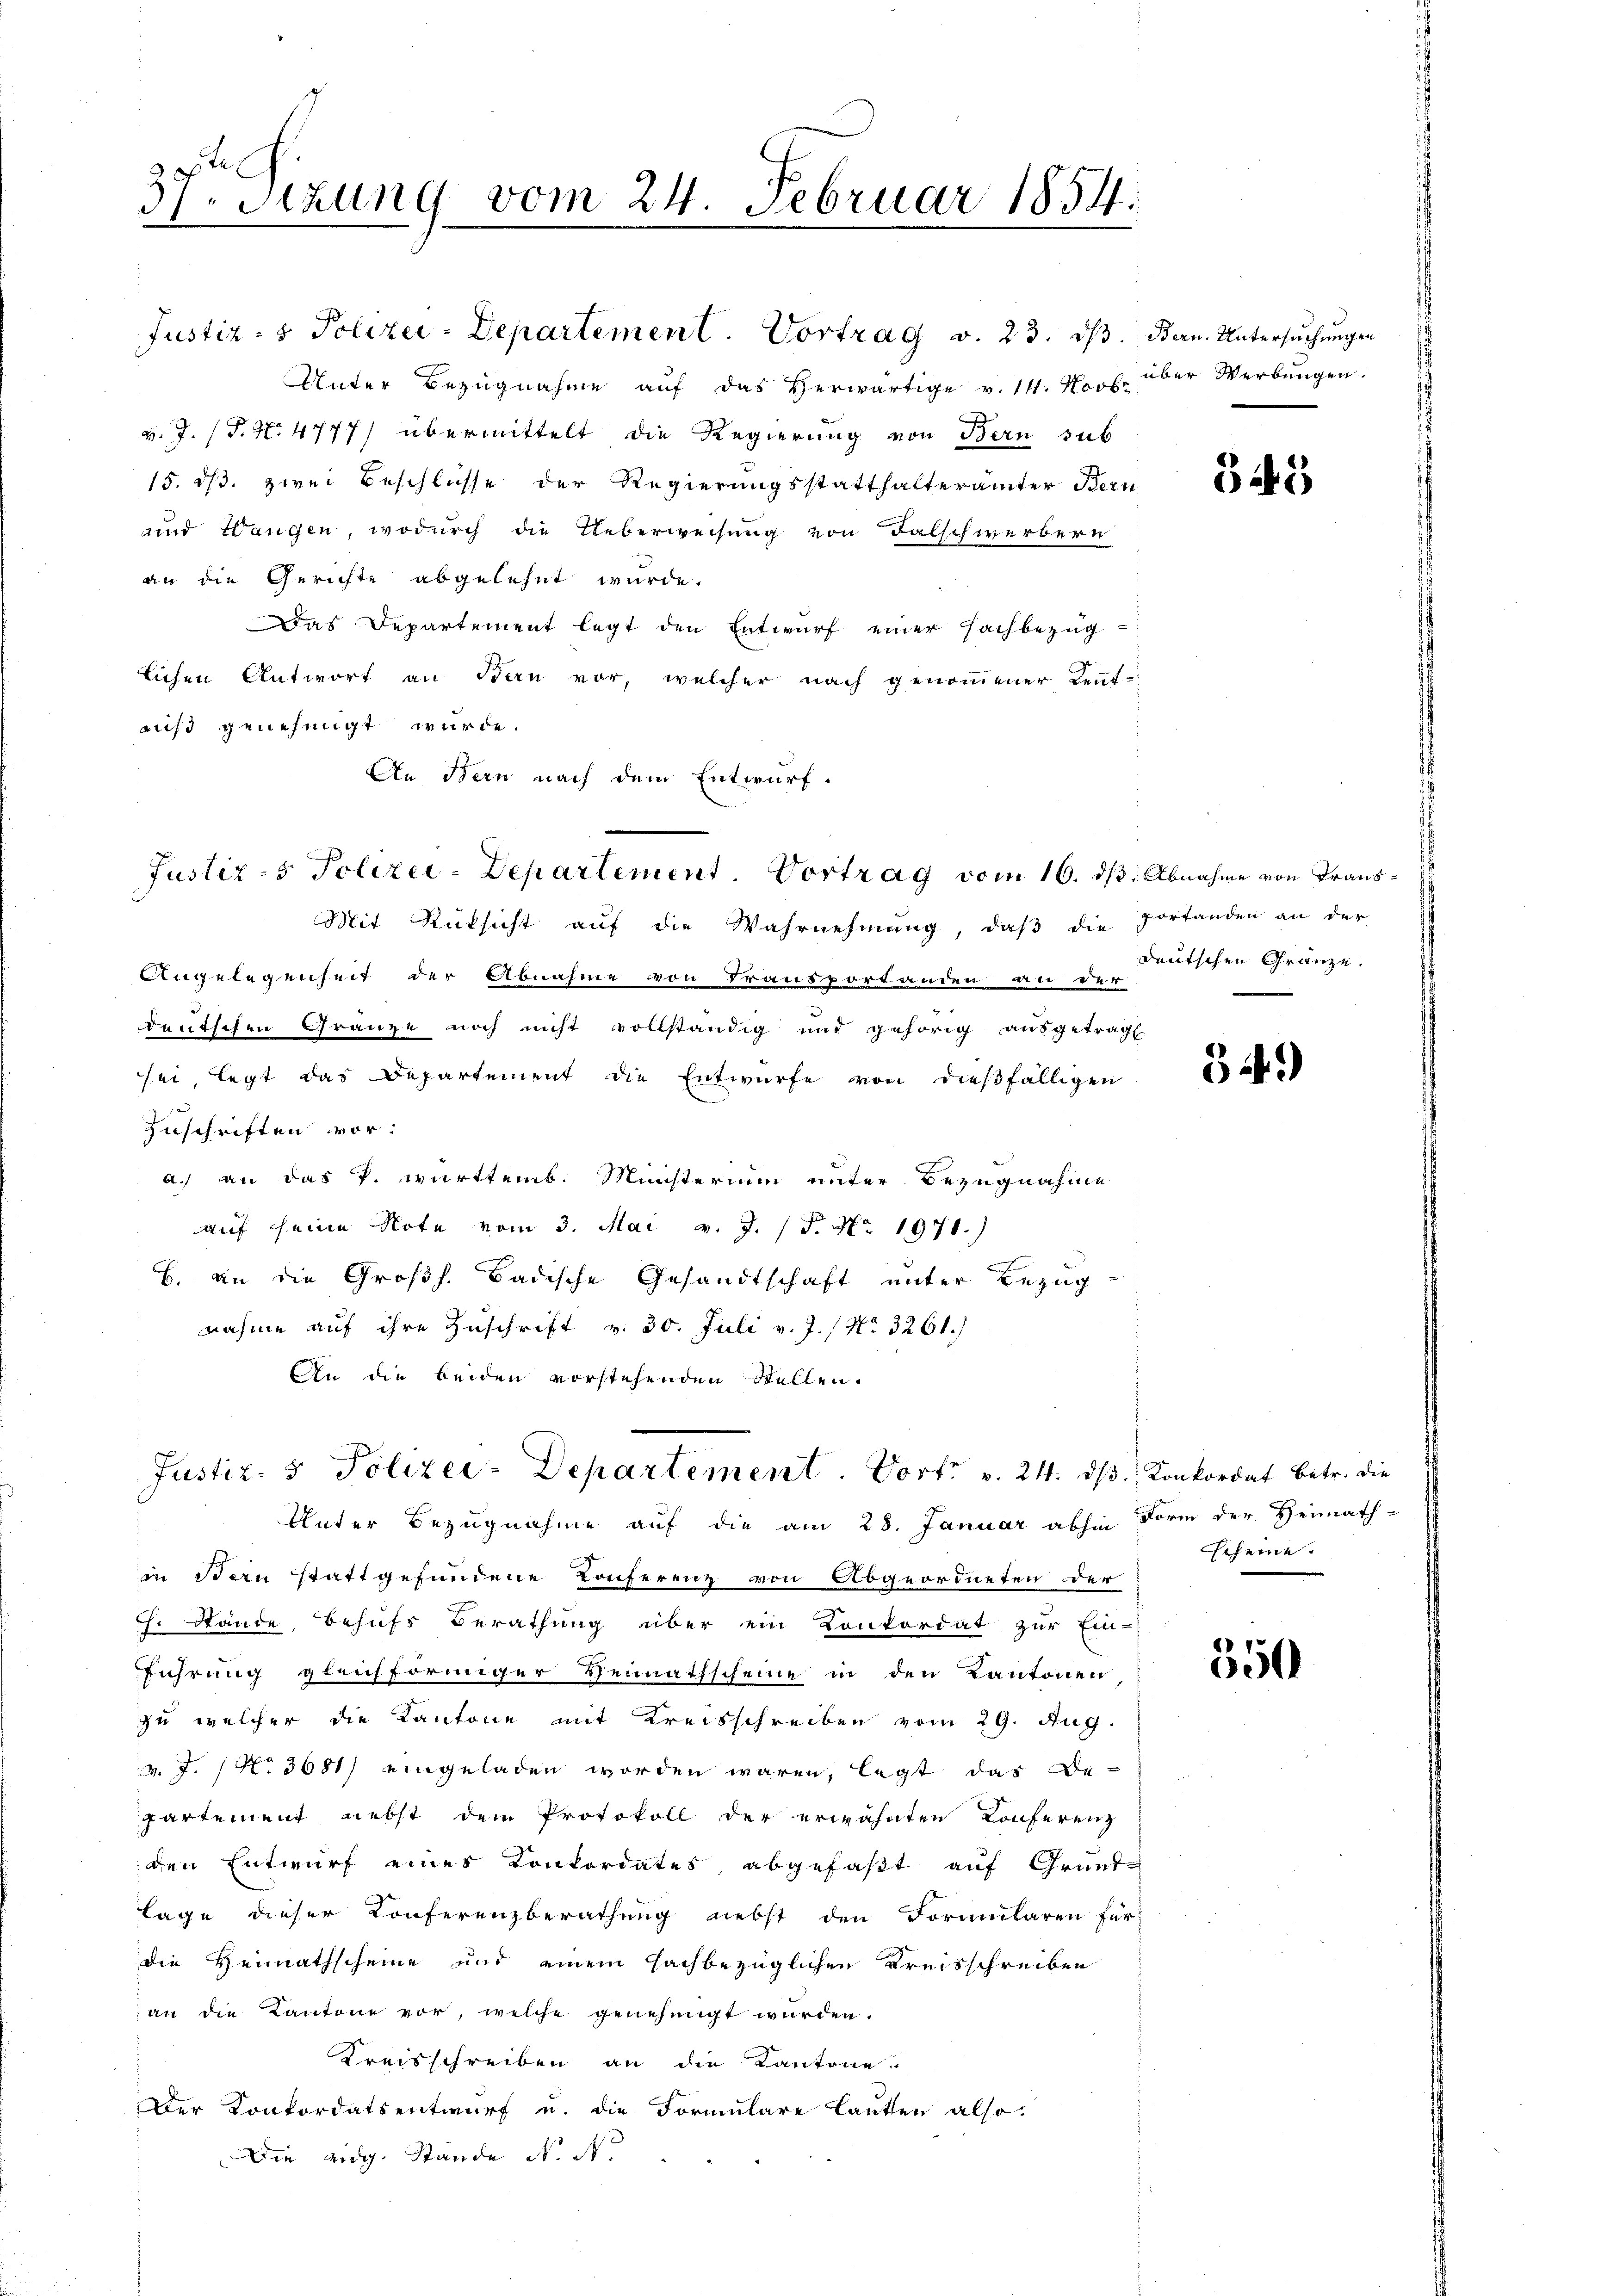
37. Sitzung vom 24. Februar 1854.

Unter Bezugnahme auf das Herwärtige v. 14. Novb. über Werbungen
v. J. (T. N. 4777) übermittelt die Regierung von Bern sub
15. 1/3. zwei Beschlüsse der Regierungsstatthalterämter Bern
und Wangen, wodurch die Ueberweisung von Falschwerbern
an die Gerichte abgelehnt wurde.
Das Departement legt den Entwurf einer Fachbezuglichen Antwort an Bern vor, welcher nach genommener Leut-
ais genehmigt wurde.
An Bern nach dem Entwurf.

Justiz- & Polizei-Departement. Vortrag v. 23. ds. Bern. Untersuchungen

Justiz- & Polizei-Departement. Vortrag vom 16. dβ Abnahme von Trans¬

Justiz- & Polizei-Departement. Dort v. 24. ds Konkordat betr. die
Unter Bezugnahme auf die am 28. Januar abhin Form der Heimath-

Mit Rücksicht auf die Wahrnehmung, daß die Portanden an der
Angelegenheit der Abnahme von Transportanden an der
deutschen Gränze noch nicht vollständig und gehörig ausgetragt.
sei, legt das Departement die Entwurfe von dießfälligen
Zuschriften vor:
a.) an das k. württemb. Ministerium unter Bezugnahme
auf seine Note vom 3. Mai v. J. 18. No. 1971.)
B. an die Großh. Badische Gesandtschaft unter Bezug
nahme auf ihre Zuschrift v. 30. Juli v. J. / No 3261.
An die beiden vorstehenden Stellen.

in Stern stattgefundene Conferenz von Abgeordneten der
Ch. Stände, Behufs Berathung über ein Konkordat zur Ein-
führung gleichförmiger Heimathscheine in den Kantonen
zu welcher die Kantone mit Kreisschreiben vom 29. Aug.
v. J. No 3681) eingeladen worden wären, legt das Be-
partement nebst dem Protokoll der erwähnten Konferenz
den Entwurf eines Konkordates abgefaßt auf Grund-
lage dieser Konferenzberathung nebst den Formularen für
die Heimathscheine und einem sachbezüglichen Kreisschreiben
an die Kantone vor, welche genehmigt wurden.
Kreisschreiben an die Kantone
Der Konkordatsentwurf u. die Formulare lauten also
Die eidg. Stande N. N.

545

deutschen Gränze.

54.)

scheine

550